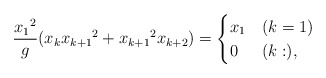
\begin{align*} \frac{{x_1}^2}{g} (x_{k}{x_{k+1}}^2+{x_{k+1}}^2x_{k+2})=\begin{cases}x_1 & (k=1)\\0 & (k:),\end{cases}\end{align*}